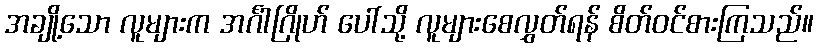
အချို့သော လူများက အင်္ဂါဂြိုဟ် ပေါ်သို့ လူများစေလွှတ်ရန် စိတ်ဝင်စားကြသည်။